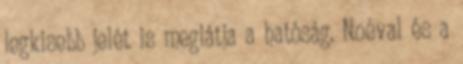
legkisebb jelét is meglátja a hatóság. Noéval és a